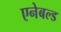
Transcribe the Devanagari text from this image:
एनेबल्‍ड